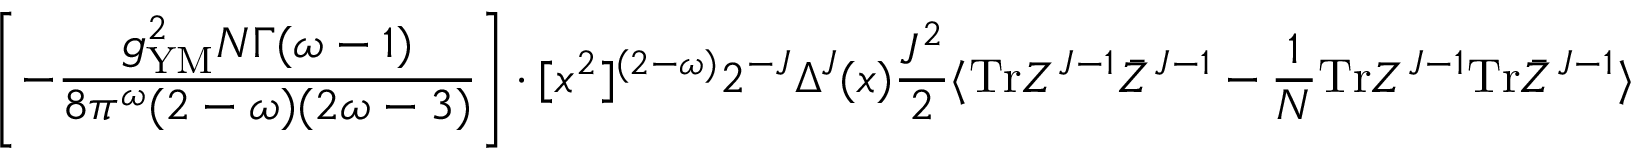
\left[ - \frac { g _ { \mathrm { Y M } } ^ { 2 } N \Gamma ( \omega - 1 ) } { 8 \pi ^ { \omega } ( 2 - \omega ) ( 2 \omega - 3 ) } \right] \cdot [ x ^ { 2 } ] ^ { ( 2 - \omega ) } 2 ^ { - J } \Delta ^ { J } ( x ) \frac { J ^ { 2 } } { 2 } \langle \mathrm { T r } Z ^ { J - 1 } \bar { Z } ^ { J - 1 } - \frac { 1 } { N } \mathrm { T r } Z ^ { J - 1 } \mathrm { T r } \bar { Z } ^ { J - 1 } \rangle